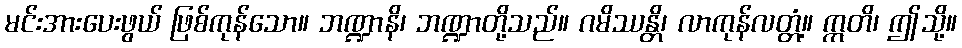
မင်းအားပေးဖွယ် ဖြစ်ကုန်သော။ ဘဏ္ဍာနိ၊ ဘဏ္ဍာတို့သည်။ ဂမိဿန္တိ၊ လာကုန်လတ္တံ့။ ဣတိ၊ ဤသို့။